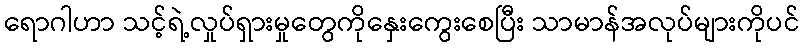
ရောဂါဟာ သင့်ရဲ့လှုပ်ရှားမှုတွေကိုနှေးကွေးစေပြီး သာမာန်အလုပ်များကိုပင်